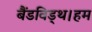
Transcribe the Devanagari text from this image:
बैंडविड्थ।हम